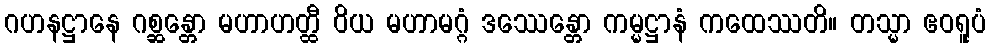
ဂဟနဋ္ဌာနေ ဂစ္ဆန္တော မဟာဟတ္ထီ ဝိယ မဟာမဂ္ဂံ ဒဿေန္တော ကမ္မဋ္ဌာနံ ကထေဿတိ။ တသ္မာ ဧဝရူပံ